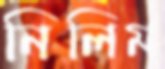
নিলিম